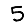
Digit: 5